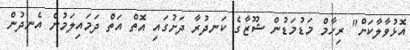
އޮޅުވާލާކަށް" ރިހާމް މަޑުމަޑުން ޝޫޒާގެ ކަނދުރާ ދަށުގައި އޮތް އަތް ދަމައިލަމުން އެނދުން